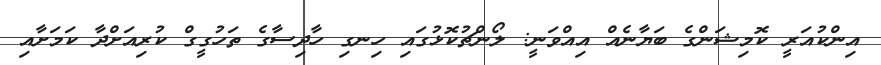
އިންކުއަރީ ކޮމިޝަންގެ ބަޔާނެއް އިއްވަނީ: ލޯންޗުކޮޅުގައި ހިނގި ހާދިސާގެ ތަހުގީގް ކުރިއަށްދާ ކަމަށާއި